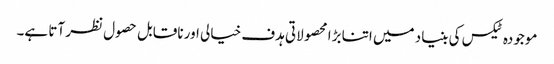
موجودہ ٹیکس کی بنیاد میں اتنا بڑا محصولاتی ہدف خیالی اور ناقابل حصول نظر آتا ہے۔